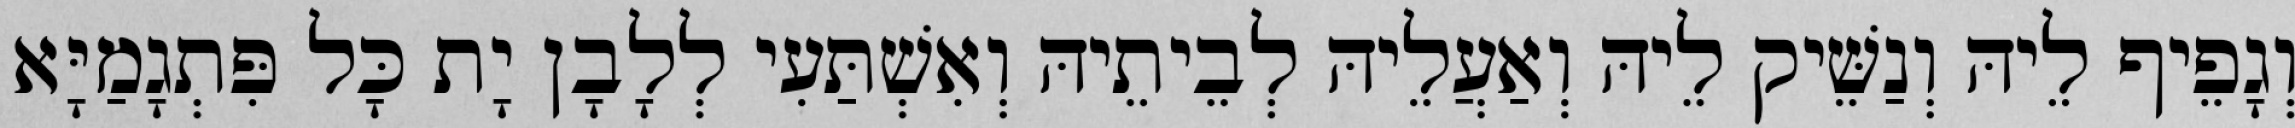
וְגָפֵיף לֵיהּ וְנַשֵּׁיק לֵיהּ וְאַעֲלֵיהּ לְבֵיתֵיהּ וְאִשְׁתַּעִי לְלָבָן יָת כָּל פִּתְגָמַיָּא